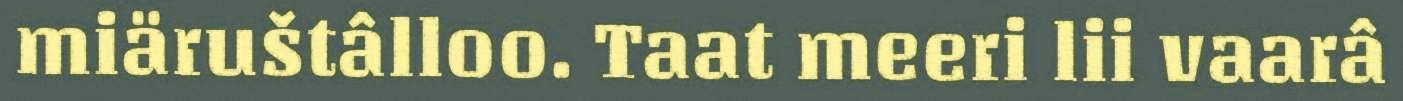
miäruštâlloo. Taat meeri lii vaarâ